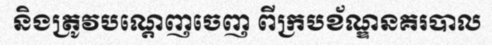
និងត្រូវបណ្តេញចេញ ពីក្របខ័ណ្ឌនគរបាល